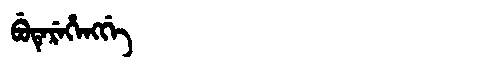
Manchu: ᠪᡠᡨᡝᡵᡝᡥᡝᠩᡤᡝ
Romanization: BUTEREHENGGE